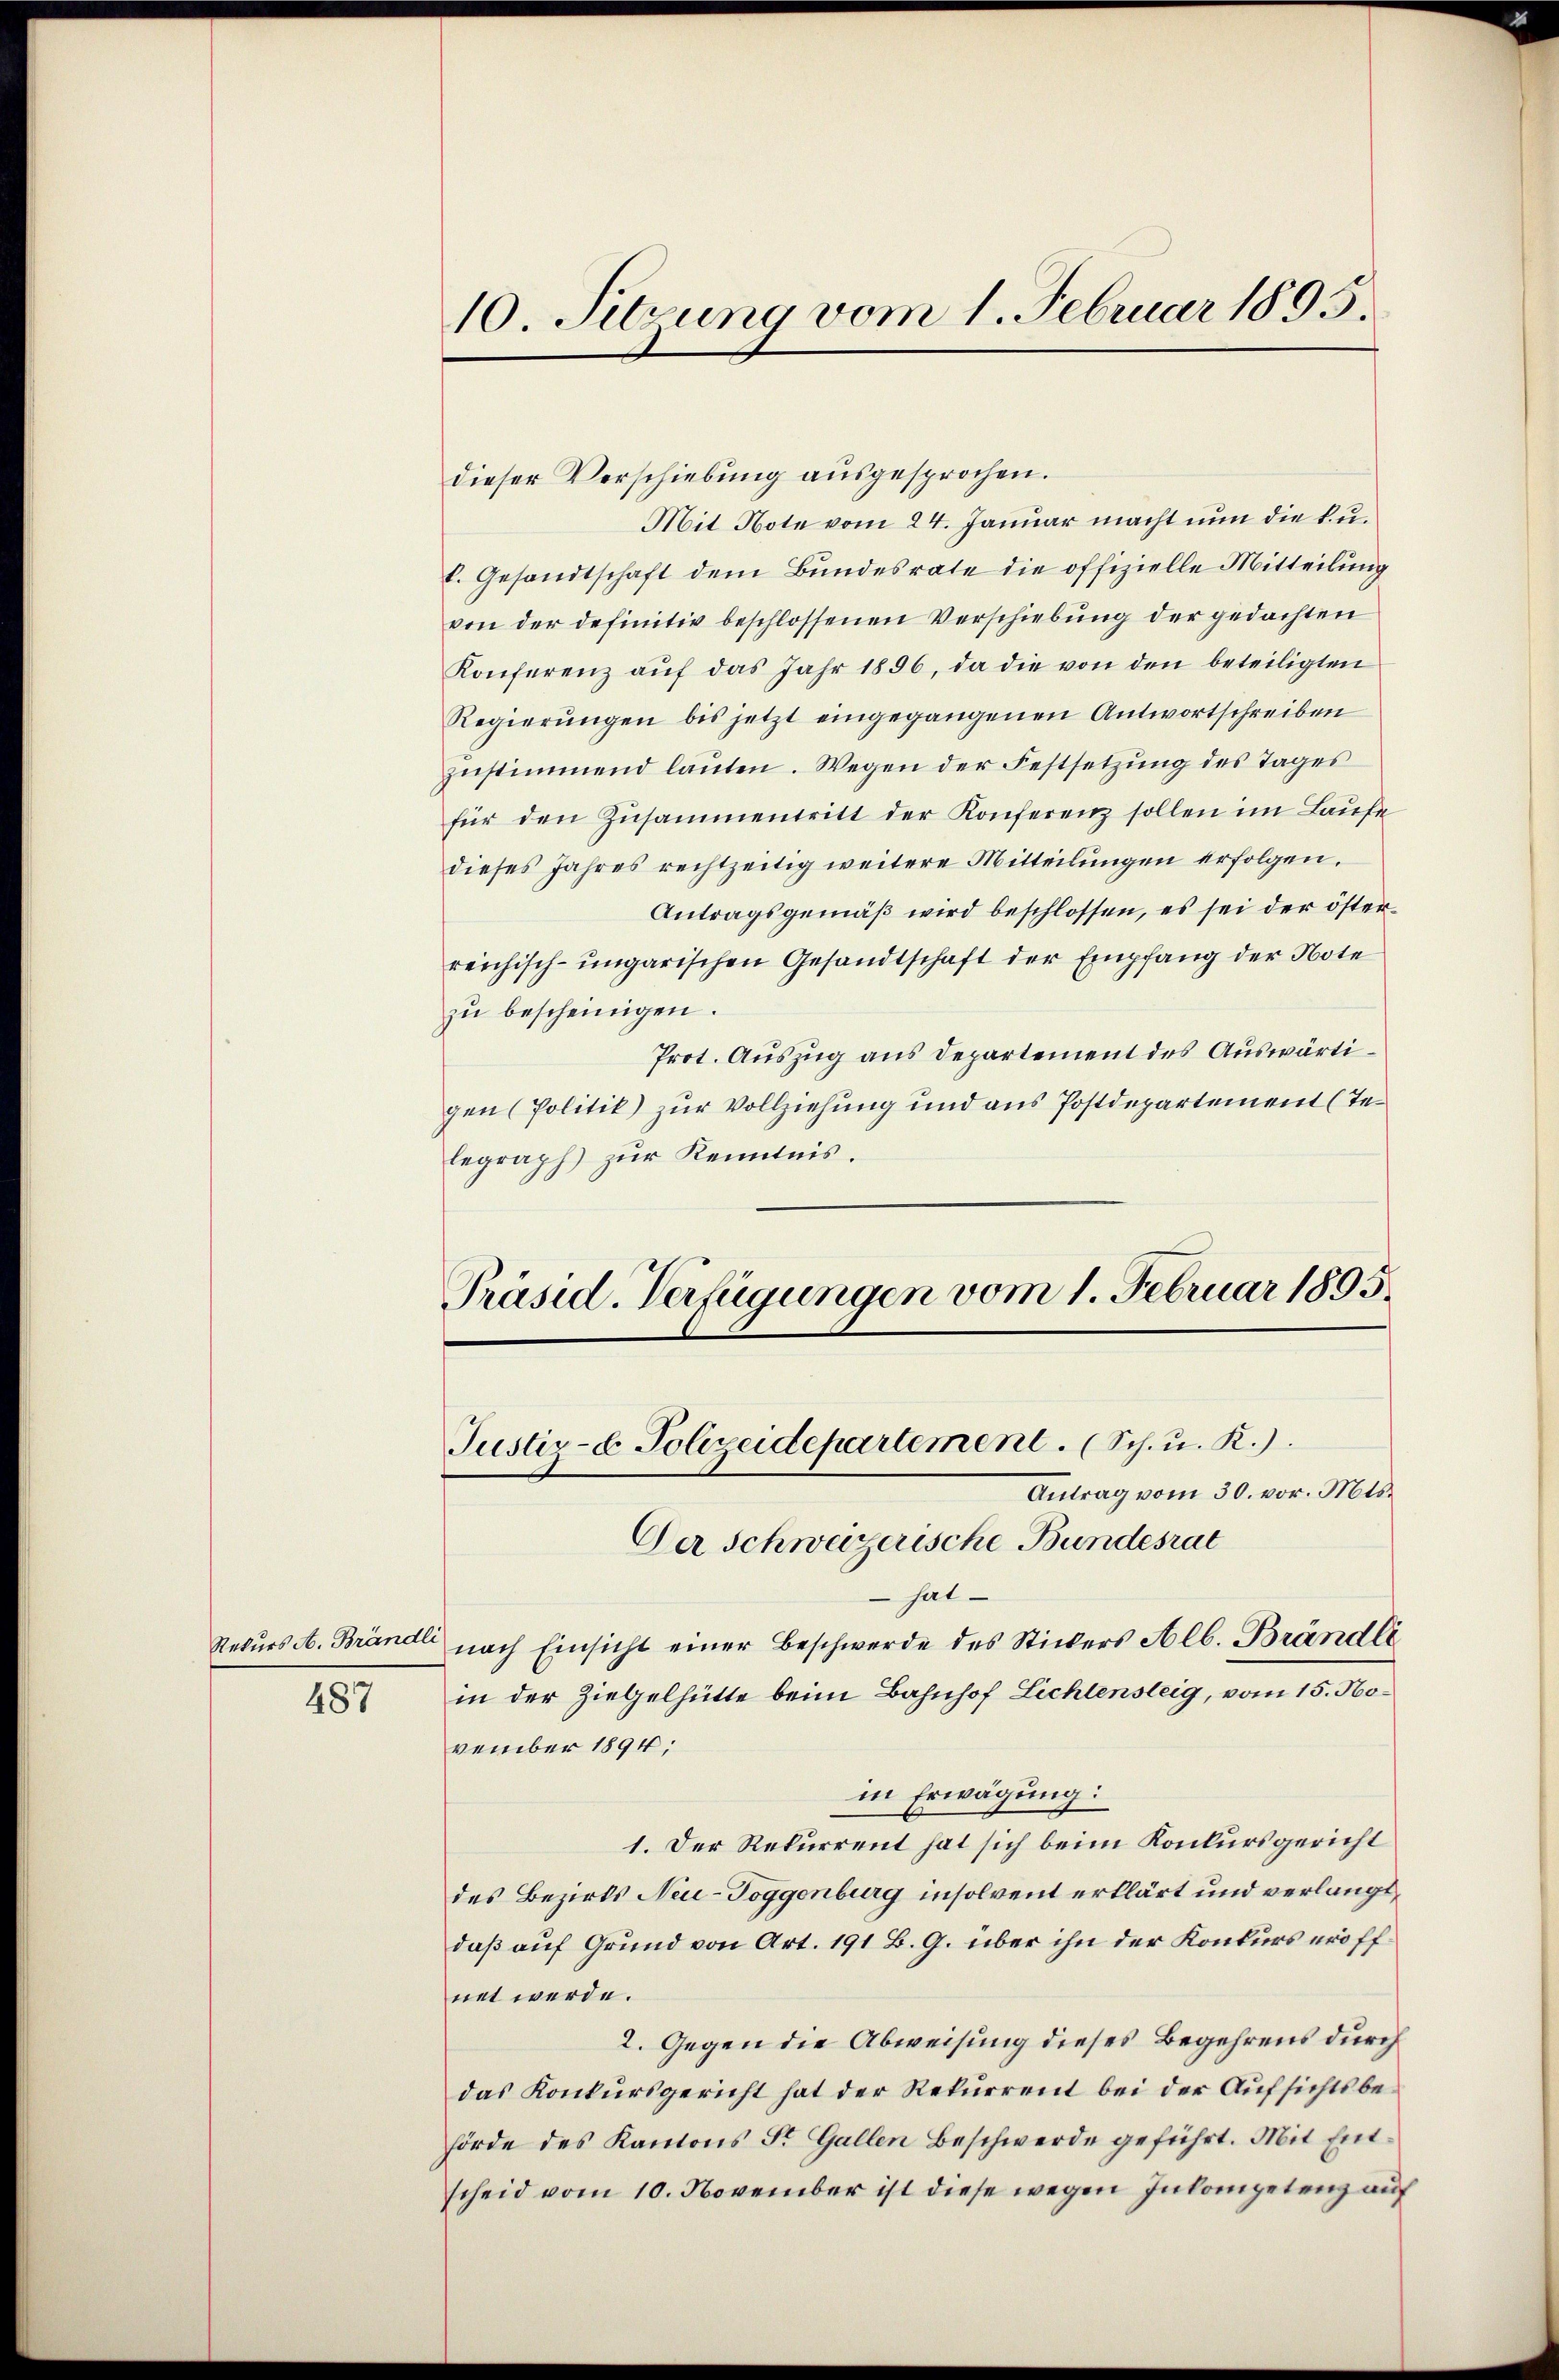
487

10. Sitzung vom 1. Februar 1895.

dieser Vorschiebung ausgesprochen.
Mit Note vom 24. Januar macht nun die kul. Gesandtschaft dem Bundesrate die offizielle Mitteilung
von der definitiv beschlossenen Verschiebung der gedachten
Konferenz aŭf das Jahr 1856, da die von den beteiligten
Regierŭngen bis jetzt eingegangenen Antwortschreiben
zŭstimmend laŭten. Wegen der Festsetzŭng des Tages
für den Zusammentritt der Konferenz sollen im Laufe
dieses Jahres rechtzeitig weitere Mitteilŭngen erfolgen.
Antragsgemäß wird beschlossen, es sei der österreichisch-ungarischen Gesandtschaft der Empfang der Note
zŭ bescheinigen.
Prot. Auszug aus Departement des Auswärtigen (Politik) zur Vollziehung und aus Postdepartement (Telegraph) zŭr Kenntnis.
Präsid. Verfügungen vom 1. Februar 1895.

Justiz- & Polizeidepartement. (Sch. u. R.).
Antrag vom 30. vor. Mts.
Der Schweizerische Bundesrat

hat
Rekŭrs A. Brändli nach Einsicht einer Beschwerde des Stickers Alb. Brändli
in der Ziegelhütte beim Bahnhof Lichtensteig, vom 15. November 1894;
in Erwägung:
1. Der Rekurrent hat sich beim Konkursgericht
des Bezirks Neu-Toggenburg insolvent erklärt und verlangt,
daß auf Grund von Art. 191 B. G. über ihn der Konkurs eröffnet werde.
2. Gegen die Abweisung dieses Begehrens durch
das Konkursgericht hat der Rekurrent bei der Aufsichtsbehörde des Kantons St. Gallen Beschwerde geführt. Mit Entscheid vom 10. November ist diese wegen Inkompetenz auf